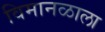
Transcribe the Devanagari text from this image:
विमानळाला